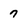
Character: 7